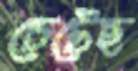
চেটেছ